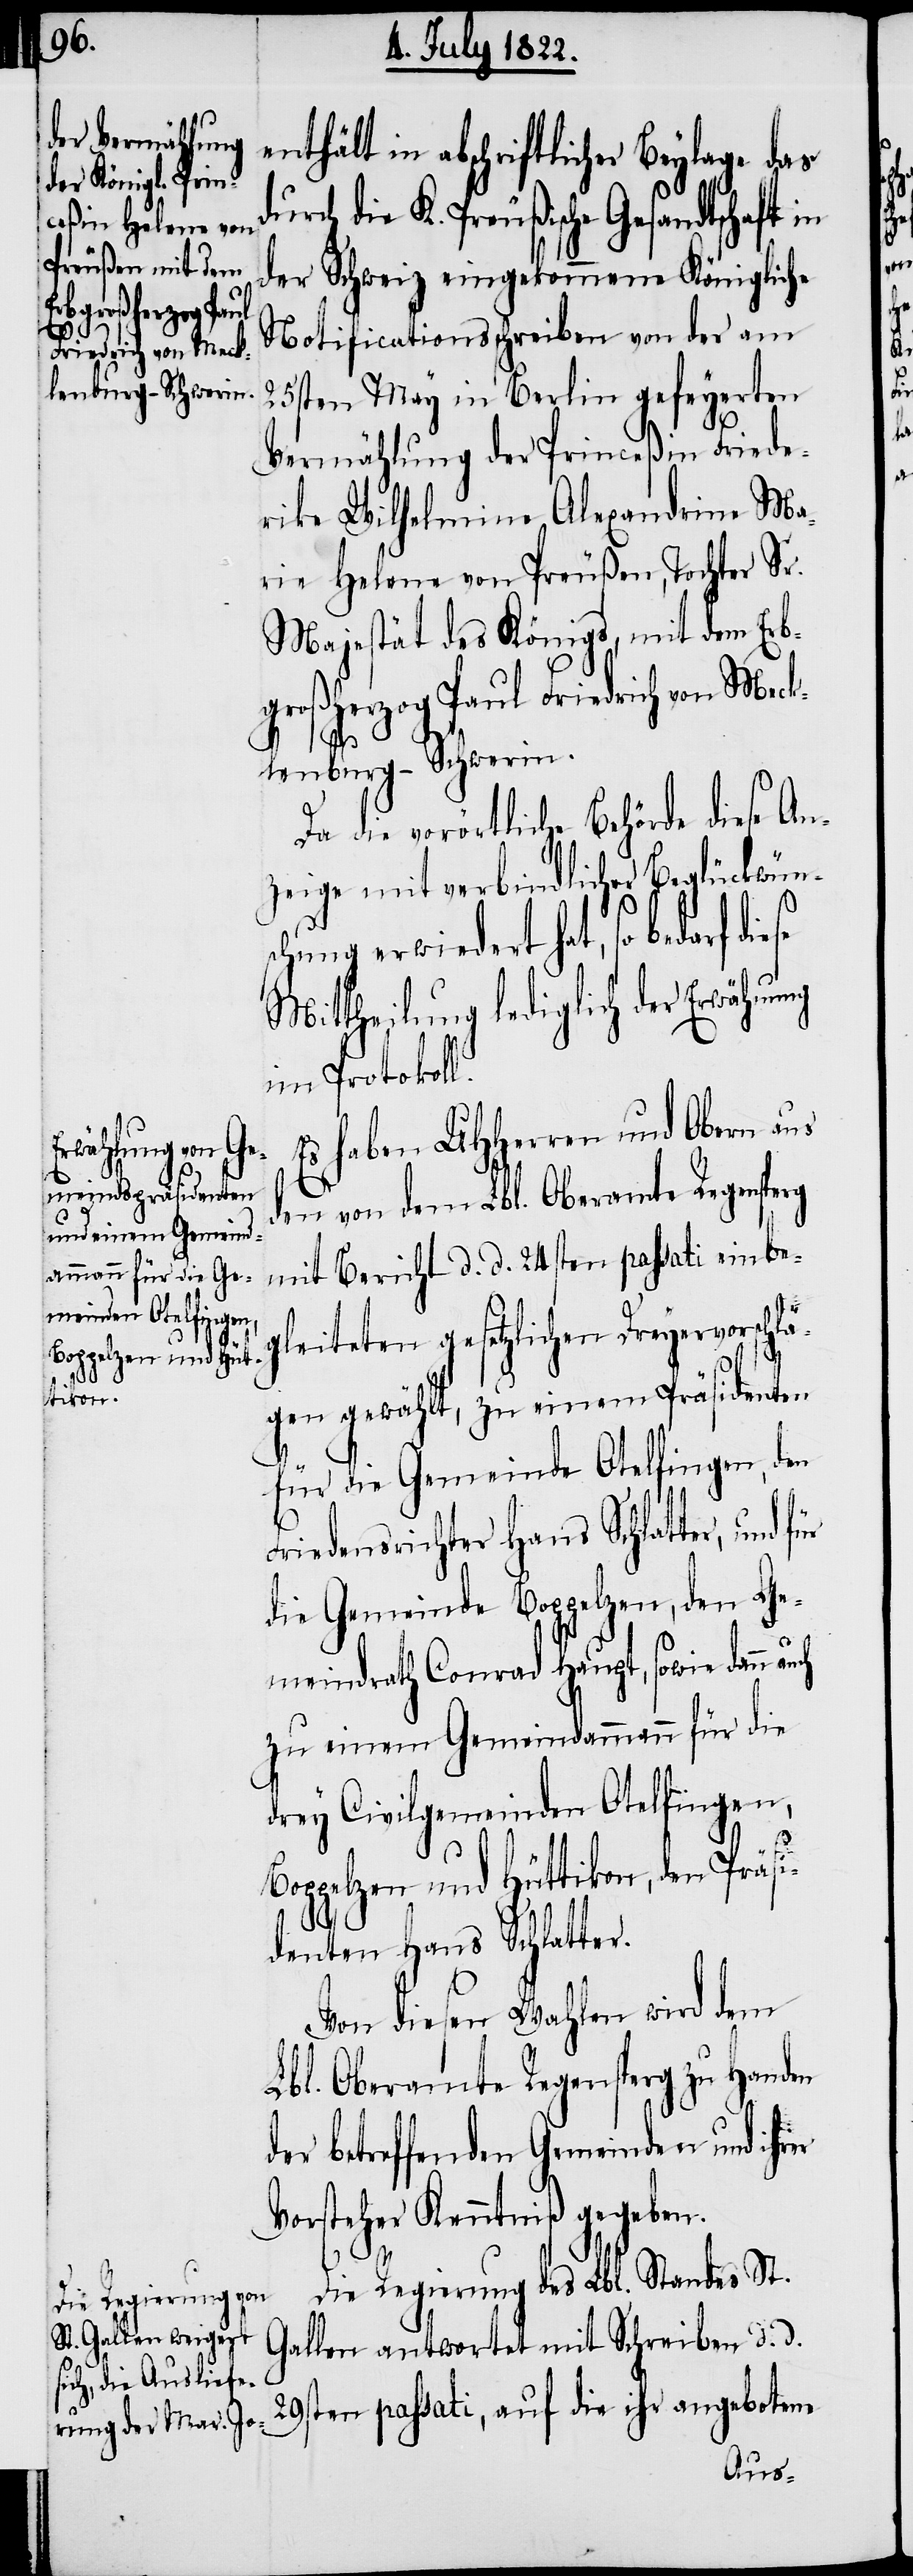
in abschriftl¬

der Schweiz eingekommene Königliche
Notificationsschreiben von der am
25sten May in Berlin gefeyerten
Vermählung der Princeßin Friede¬
rike Wilhelmine Alexandrine Ma¬
rie Helena von Preußen, Tochter Sr.
Majestät des Königs, mit dem Erb¬
großherzog Paul Friedrich von Meck¬
lenburg-Schwerin.
Da die vorörtliche Behörde diese An¬
zeige mit verbindlicher Beglückwüns¬
chung erwiedert hat, so bedarf
Mittheilung lediglich der Erwähnung
im Protokoll.
Es haben UHHerren und Obern aus
den von dem Lbl. Oberamte Regensperg
mit Bericht d. d. 24sten passati einbe¬
gleiteten gesetzlichen Dreyervorschlä¬
gen gewählt, zu einem Präsidenten
für die Gemeinde Otelfingen, den
Friedensrichter Hans Schlatter, und
die Gemeinde Boppelzen, den Ge¬
meindrath Conrad Haupt, sowie dann
zu einem Gemeindammann für die
drey Civilgemeinden Otelfingen,
Boppelzen und Hüttikon, den Präsi¬
denten Hans Schlatter.
Von diesen Wahlen wird dem
Lbl. Oberamte Regensperg zu Handen
der betreffenden Gemeinden und ihrer
Vorsteher Kenntniß gegeben.
Die Regierung des Lbl. Standes St.
Gallen antwortet mit Schreiben d. d.
29sten passati, auf die ihr angebotene